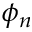
\phi _ { n }